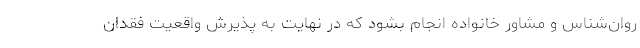
روان‌شناس و مشاور خانواده انجام بشود که در نهایت به پذیرش واقعیت فقدان